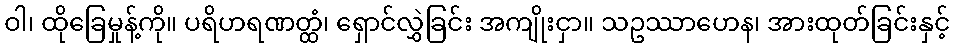
ဝါ၊ ထိုခြေမှုန့်ကို။ ပရိဟရဏတ္ထံ၊ ရှောင်လွှဲခြင်း အကျိုးငှာ။ သဥဿာဟေန၊ အားထုတ်ခြင်းနှင့်